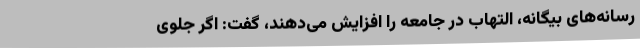
رسانه‌های بیگانه، التهاب در جامعه را افزایش می‌دهند، گفت: اگر جلوی